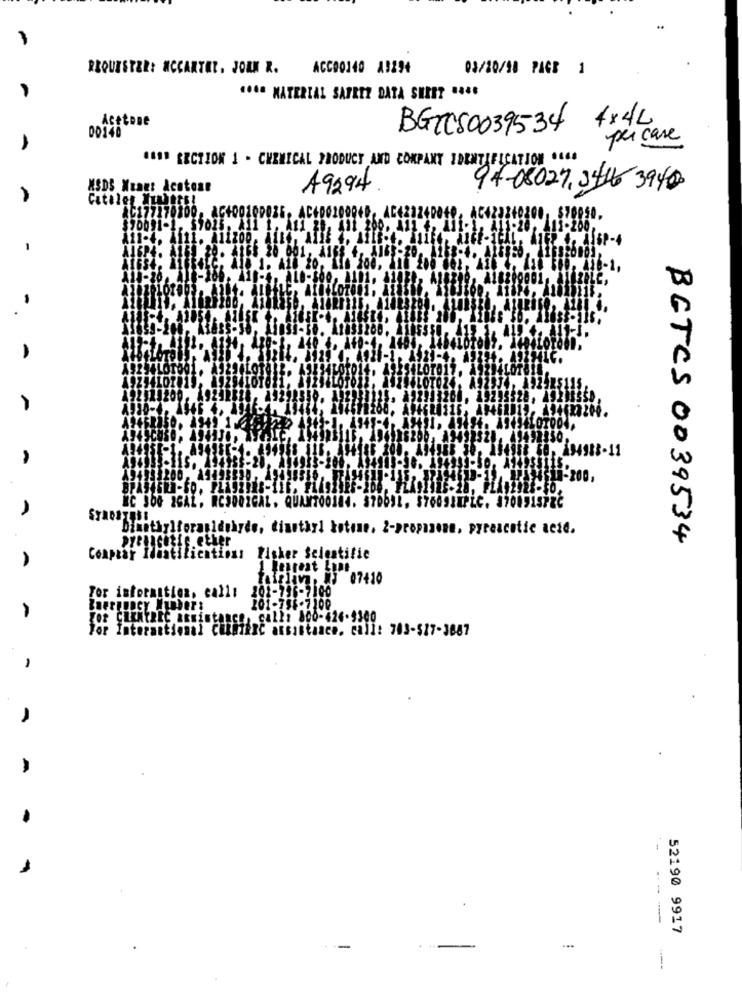
REQUESTZE: MCCARTER. JORN R. ACC00140 A9294
03/20/98 PAGE 1
.... MATERIAL SAFETY DATA SHEET " ...
Acetone
4x4L
00140
BGTCS0039534
per case
#### SECTION 1 - CHEMICAL PRODUCT AND COMPANY IDENTIFICATION .66.
XSDS Wuagt Acotone
A9294
94-08027.3416-3940
Catalon Xual
ACI
$10.
2009
20.
, 44
11
200,
RC 300 IGAL. RCSDOIGAL. QUANTOOINN
Dimethylforagidohyde, diuntari kotone. 2-propanone, pyraacetic acid.
DyeLIGEtie etker
BGTCS 0039534
Comprar Identifications Fisher Scientific
A
figliv. / 07410
201-796-7100
For isforantien, call:
201-796-7200
Zor CLENTREC assistance, call: 800-424-9300
For International ChimiRC assistance. call: 703-$17-3887
-
-- -
52190 9917